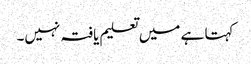
کہتا ہے میں تعلیم یافتہ نہیں۔